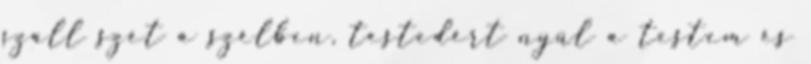
száll szét a szélben, testedért nyúl a testem és